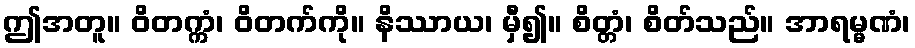
ဤအတူ။ ဝိတက္ကံ၊ ဝိတက်ကို။ နိဿာယ၊ မှီ၍။ စိတ္တံ၊ စိတ်သည်။ အာရမ္မဏံ၊